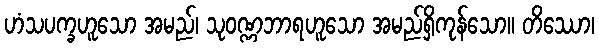
ဟံသပက္ခဟူသော အမည်၊ သုဝဏ္ဏဘာရဟူသော အမည်ရှိကုန်သော။ တိဿော၊